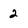
Character: 2